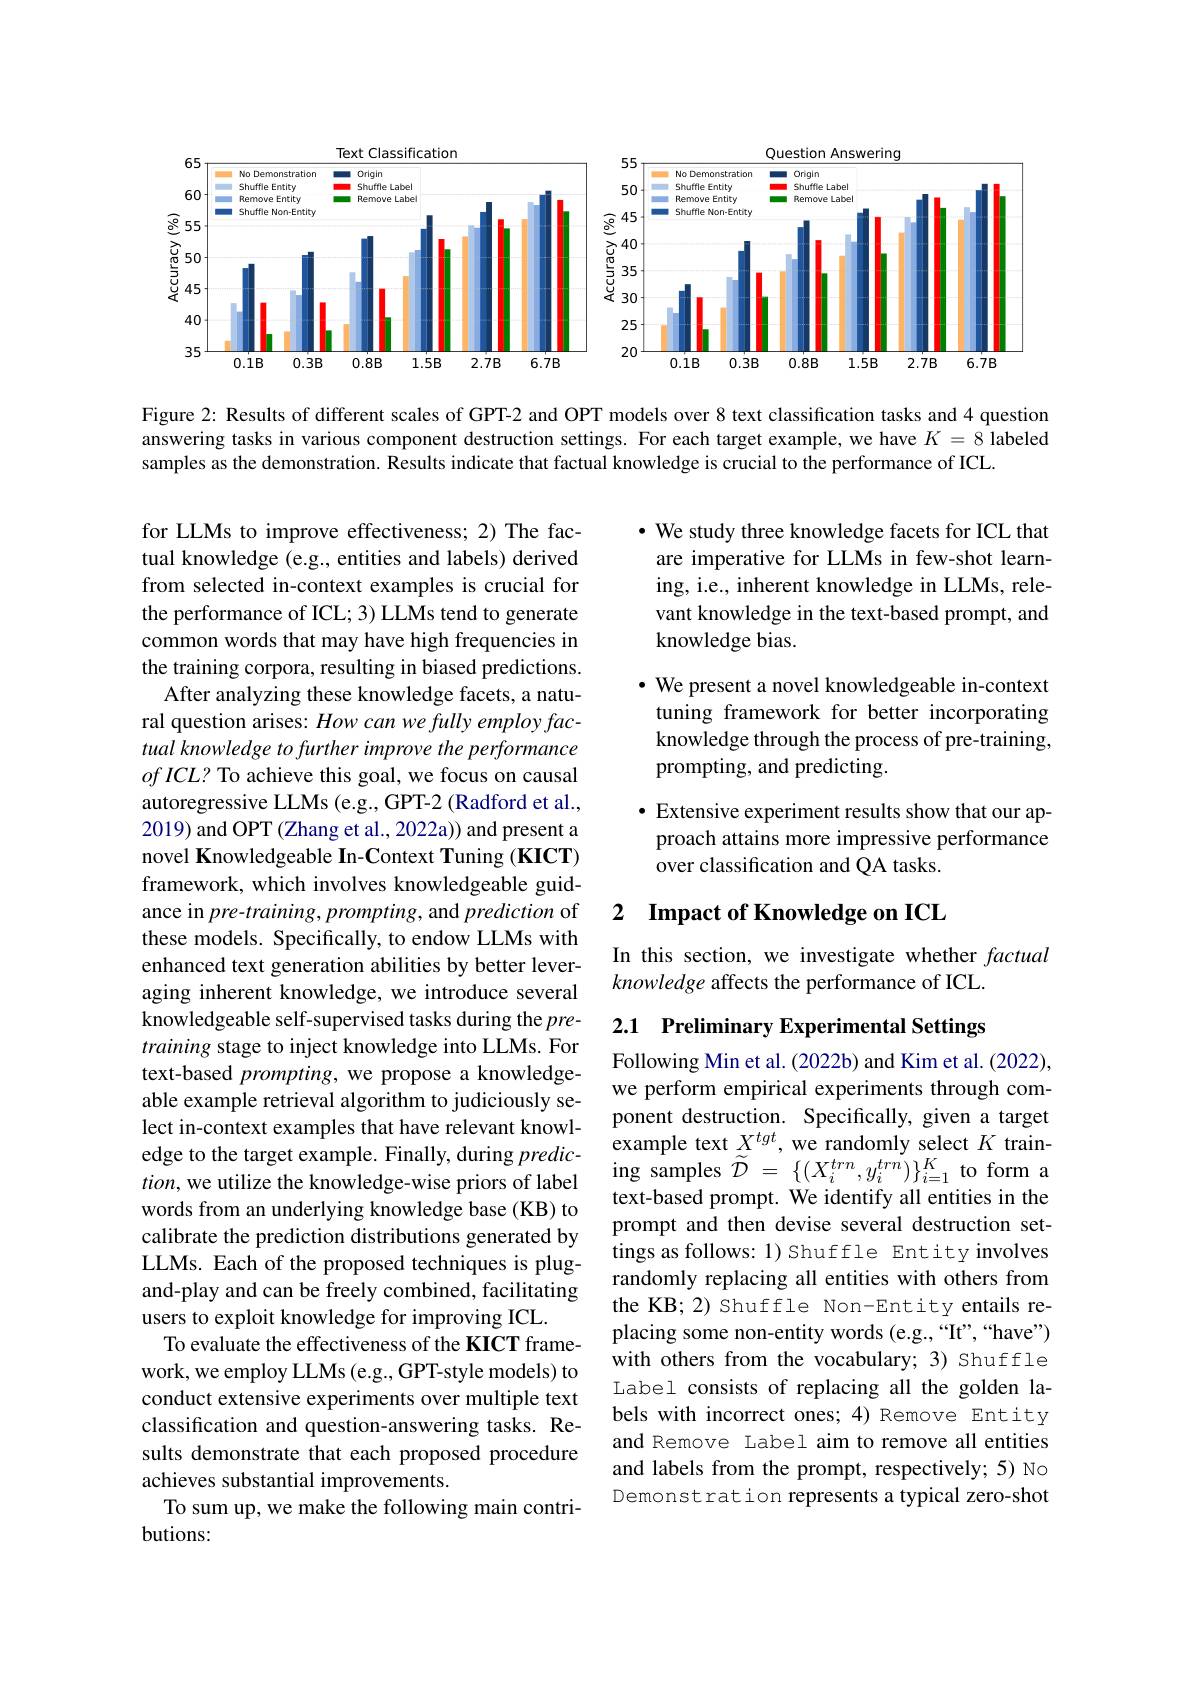
<FigureHere>

Figure 2: Results of different scales of GPT-2 and OPT models over 8 text classification tasks and 4 question answering tasks in various component destruction settings. For each target example, we have $K=8$ labeled samples as the demonstration. Results indicate that factual knowledge is crucial to the performance of ICL.

$\cdot$ We study three knowledge facets for ICL that are imperative for LLMs in few-shot learning, i.e., inherent knowledge in LLMs, relevant knowledge in the text-based prompt, and knowledge bias.
$\cdot$ We present a novel knowledgeable in-context tuning framework for better incorporating knowledge through the process of pre-training, prompting, and predicting.
· Extensive experiment results show that our approach attains more impressive performance over classification and QA tasks.

# 2 Impact of Knowledge on ICL

In this section, we investigate whether factual
knowledge affects the performance of ICL.

2.1 Preliminary Experimental Settings

for LLMs to improve effectiveness; 2) The factual knowledge (e.g., entities and labels) derived from selected in-context examples is crucial for the performance of ICL; 3) LLMs tend to generate common words that may have high frequencies in the training corpora, resulting in biased predictions.
After analyzing these knowledge facets, a natural question arises: $How\textit{can wefully employ fac- }$ tual knowledge to further improve the performance $of\textit{ICL? To achieve this goal, we focus on causal}$ autoregressive LLMs (e.g., GPT-2 (Radford et al., 2019) and OPT (Zhang et al., 2022a)) and present a novel Knowledgeable In-Context Tuning (KICT) framework, which involves knowledgeable guidance in pre-training, prompting, and prediction of these models. Specifically, to endow LLMs with enhanced text generation abilities by better leveraging inherent knowledge, we introduce several knowledgeable self-supervised tasks during the $pre-$ training stage to inject knowledge into LLMs. For text-based $prompting$, we propose a knowledgeable example retrieval algorithm to judiciously select in-context examples that have relevant knowledge to the target example. Finally, during $predic-$ $tion$, we utilize the knowledge-wise priors of label words from an underlying knowledge base (KB) to calibrate the prediction distributions generated by LLMs. Each of the proposed techniques is plugand-play and can be freely combined, facilitating users to exploit knowledge for improving ICL.
To evaluate the effectiveness of the KICT framework, we employ LLMs (e.g., GPT-style models) to conduct extensive experiments over multiple text classification and question-answering tasks. Results demonstrate that each proposed procedure achieves substantial improvements.
To sum up, we make the following main contri-
butions:

Following Min et al. (2022b) and Kim et al. (2022), we perform empirical experiments through component destruction. Specifically, given a target example text $X^{tgt}$, we randomly select $K$ train- ${\mathrm{ing~samples~}}\widetilde{\mathcal{D} }$ = $\{ ( X_{i}^{trn}, y_{i}^{trn}) \} _{i= 1}^{K}$toform a text-based prompt. We identify all entities in the prompt and then devise several destruction settings as follows: 1) Shuffle Entity involves randomly replacing all entities with others from the KB; 2) Shuffle Non-Entity entails replacing some non-entity words (e.g.,“It",“have”) with others from the vocabulary; 3) Shuffle Label consists of replacing all the golden labels with incorrect ones; 4) Remove Entity and Remove Label aim to remove all entities and labels from the prompt, respectively; 5) No Demonstration represents a typical zero-shot